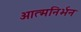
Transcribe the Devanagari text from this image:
आत्मनिर्भन